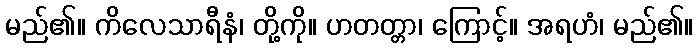
မည်၏။ ကိလေသာရီနံ၊ တို့ကို။ ဟတတ္တာ၊ ကြောင့်။ အရဟံ၊ မည်၏။